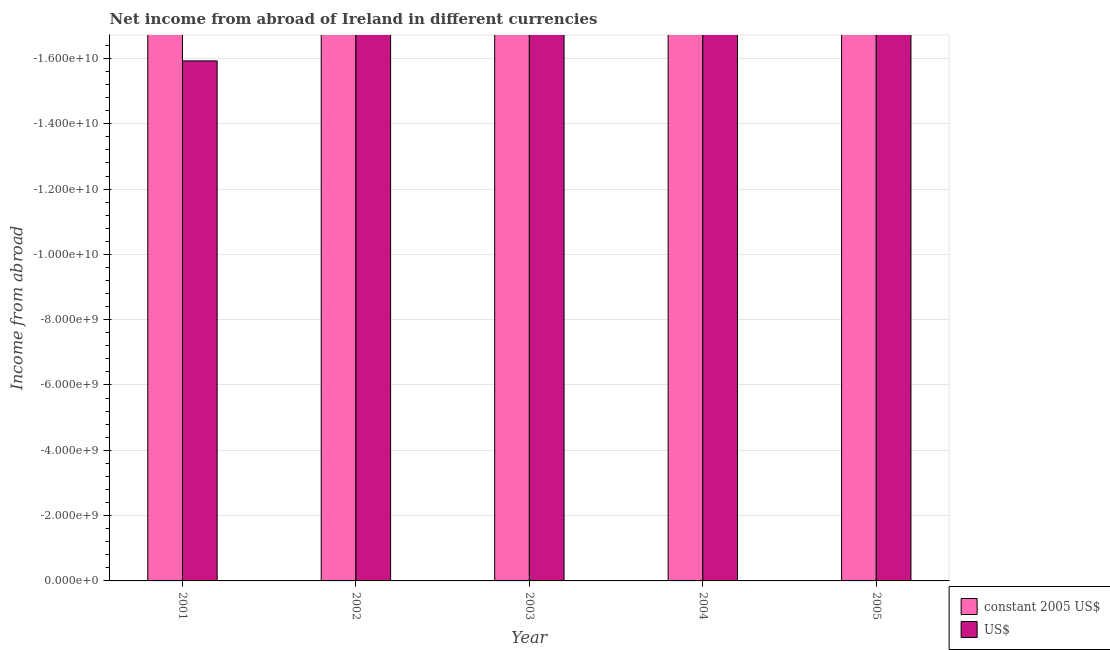
| Year | constant 2005 US$ | US$ |
 | --- | --- | --- |
 | 2001 | -1.78e+10 | -1.59e+10 |
 | 2002 | -2.2e+10 | -2.07e+10 |
 | 2003 | -2.01e+10 | -2.27e+10 |
 | 2004 | -2.14e+10 | -2.66e+10 |
 | 2005 | -2.24e+10 | -2.79e+10 |